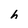
Character: h